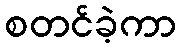
စတင်ခဲ့ကာ